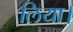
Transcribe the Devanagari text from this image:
लिया।